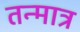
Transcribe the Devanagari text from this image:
तन्मात्र